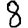
Digit: 8